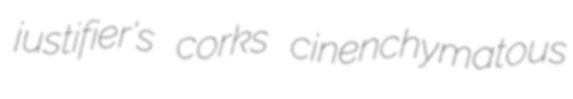
justifier's corks cinenchymatous